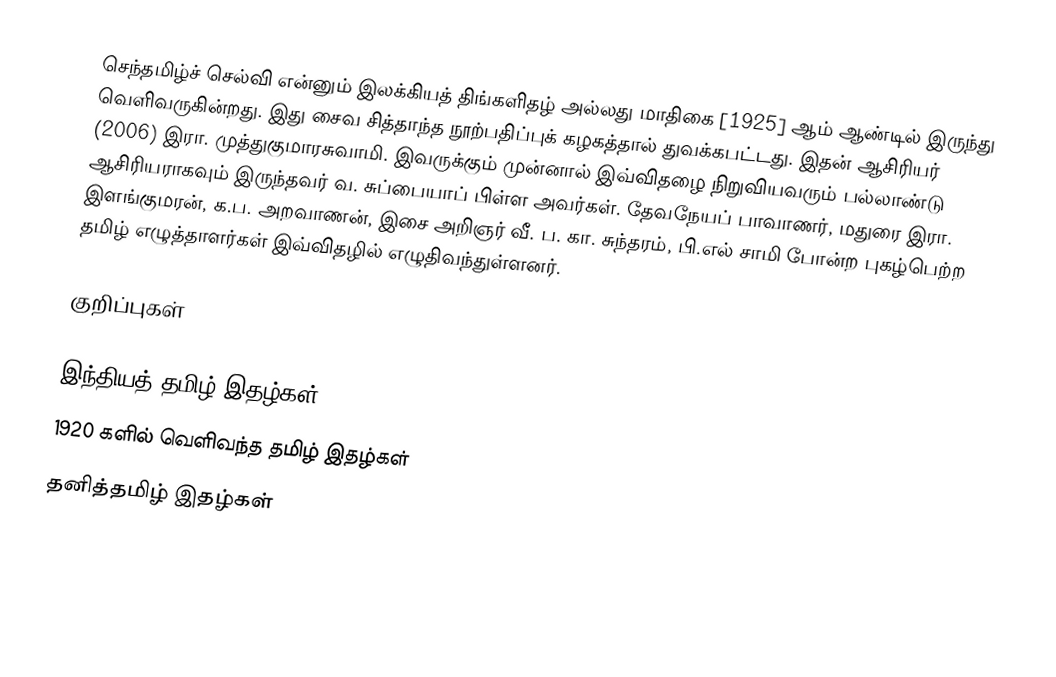
செந்தமிழ்ச் செல்வி என்னும் இலக்கியத் திங்களிதழ் அல்லது மாதிகை [1925] ஆம் ஆண்டில் இருந்து வெளிவருகின்றது. இது சைவ சித்தாந்த நூற்பதிப்புக் கழகத்தால் துவக்கபட்டது. இதன் ஆசிரியர் (2006) இரா. முத்துகுமாரசுவாமி. இவருக்கும் முன்னால் இவ்விதழை நிறுவியவரும் பல்லாண்டு ஆசிரியராகவும் இருந்தவர் வ. சுப்பையாப் பிள்ள அவர்கள். தேவநேயப் பாவாணர், மதுரை இரா. இளங்குமரன், க.ப. அறவாணன், இசை அறிஞர் வீ. ப. கா. சுந்தரம், பி.எல் சாமி போன்ற புகழ்பெற்ற தமிழ் எழுத்தாளர்கள் இவ்விதழில் எழுதிவந்துள்ளனர்.

குறிப்புகள்

இந்தியத் தமிழ் இதழ்கள்
1920 களில் வெளிவந்த தமிழ் இதழ்கள்
தனித்தமிழ் இதழ்கள்